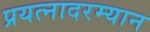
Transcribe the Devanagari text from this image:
प्रयत्नादरम्यान